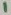
Text: 1